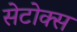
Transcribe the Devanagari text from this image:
सेटोक्स